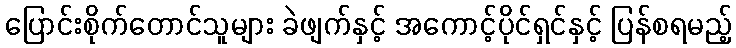
ပြောင်းစိုက်တောင်သူများ ခဲဖျက်နှင့် အကောင့်ပိုင်ရှင်နှင့် ပြန်စရမည့်